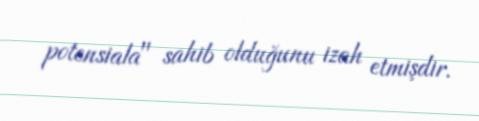
potensiala" sahib olduğunu izah etmişdir.